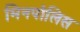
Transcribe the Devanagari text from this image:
मिनपोलिस